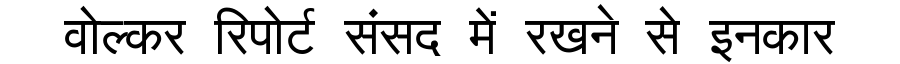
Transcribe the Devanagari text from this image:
वोल्कर रिपोर्ट संसद में रखने से इनकार